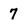
Character: 7